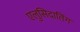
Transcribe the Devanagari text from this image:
एलुसिदातिंग